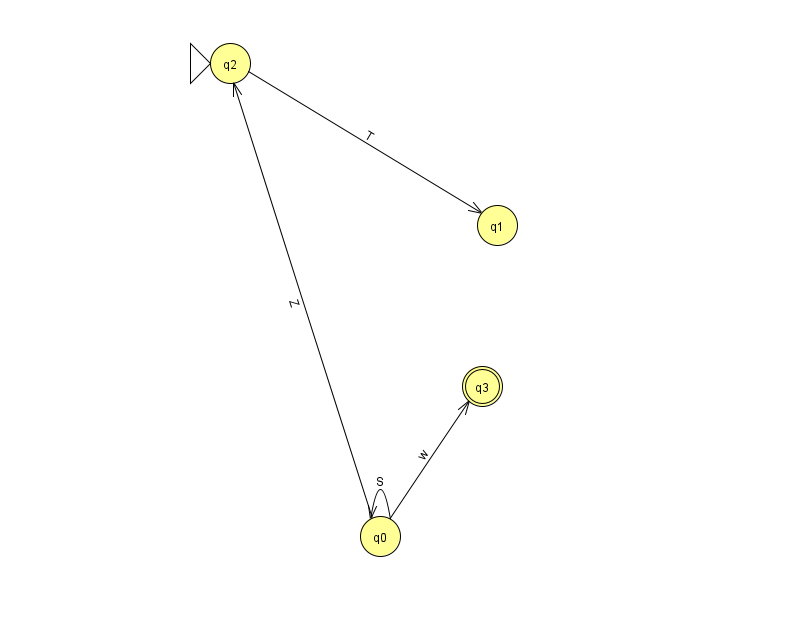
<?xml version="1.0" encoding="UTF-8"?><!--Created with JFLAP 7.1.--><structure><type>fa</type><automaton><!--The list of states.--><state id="0" name="q0"><x>380.0</x><y>523.0</y></state><state id="1" name="q1"><x>497.0</x><y>212.0</y></state><state id="2" name="q2"><x>230.0</x><y>50.0</y><initial/></state><state id="3" name="q3"><x>482.0</x><y>373.0</y><final/></state><!--The list of transitions.--><transition><from>0</from><to>0</to><read>S</read></transition><transition><from>0</from><to>2</to><read>Z</read></transition><transition><from>0</from><to>3</to><read>w</read></transition><transition><from>2</from><to>1</to><read>T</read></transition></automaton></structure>